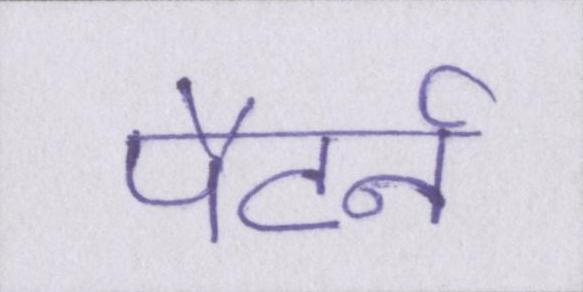
पैटर्न